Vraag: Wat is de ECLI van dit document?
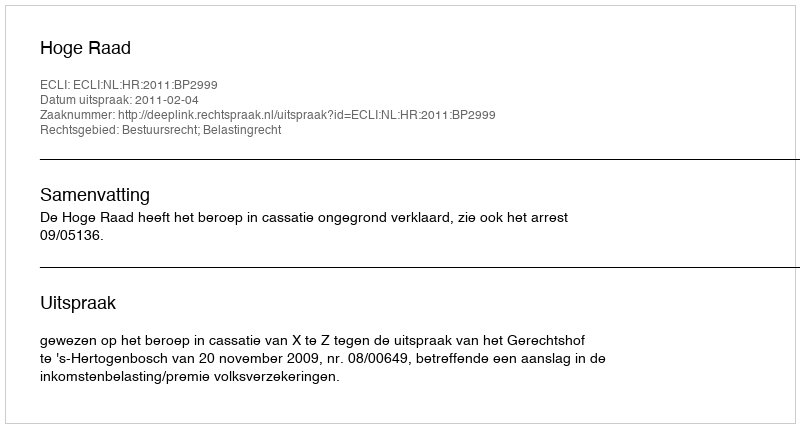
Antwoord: ECLI:NL:HR:2011:BP2999